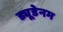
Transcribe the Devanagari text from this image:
ड्यूडेनम